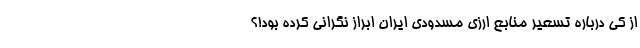
از کی درباره تسعیر منابع ارزی مسدودی ایران ابراز نگرانی کرده بود!؟